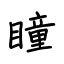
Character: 瞳